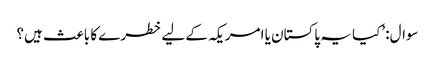
سوال: ’کیا یہ پاکستان یا امریکہ کے لیے خطرے کا باعث ہیں؟